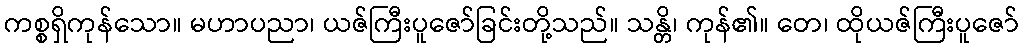
ကစ္စရှိကုန်သော။ မဟာပညာ၊ ယဇ်ကြီးပူဇော်ခြင်းတို့သည်။ သန္တိ၊ ကုန်၏။ တေ၊ ထိုယဇ်ကြီးပူဇော်